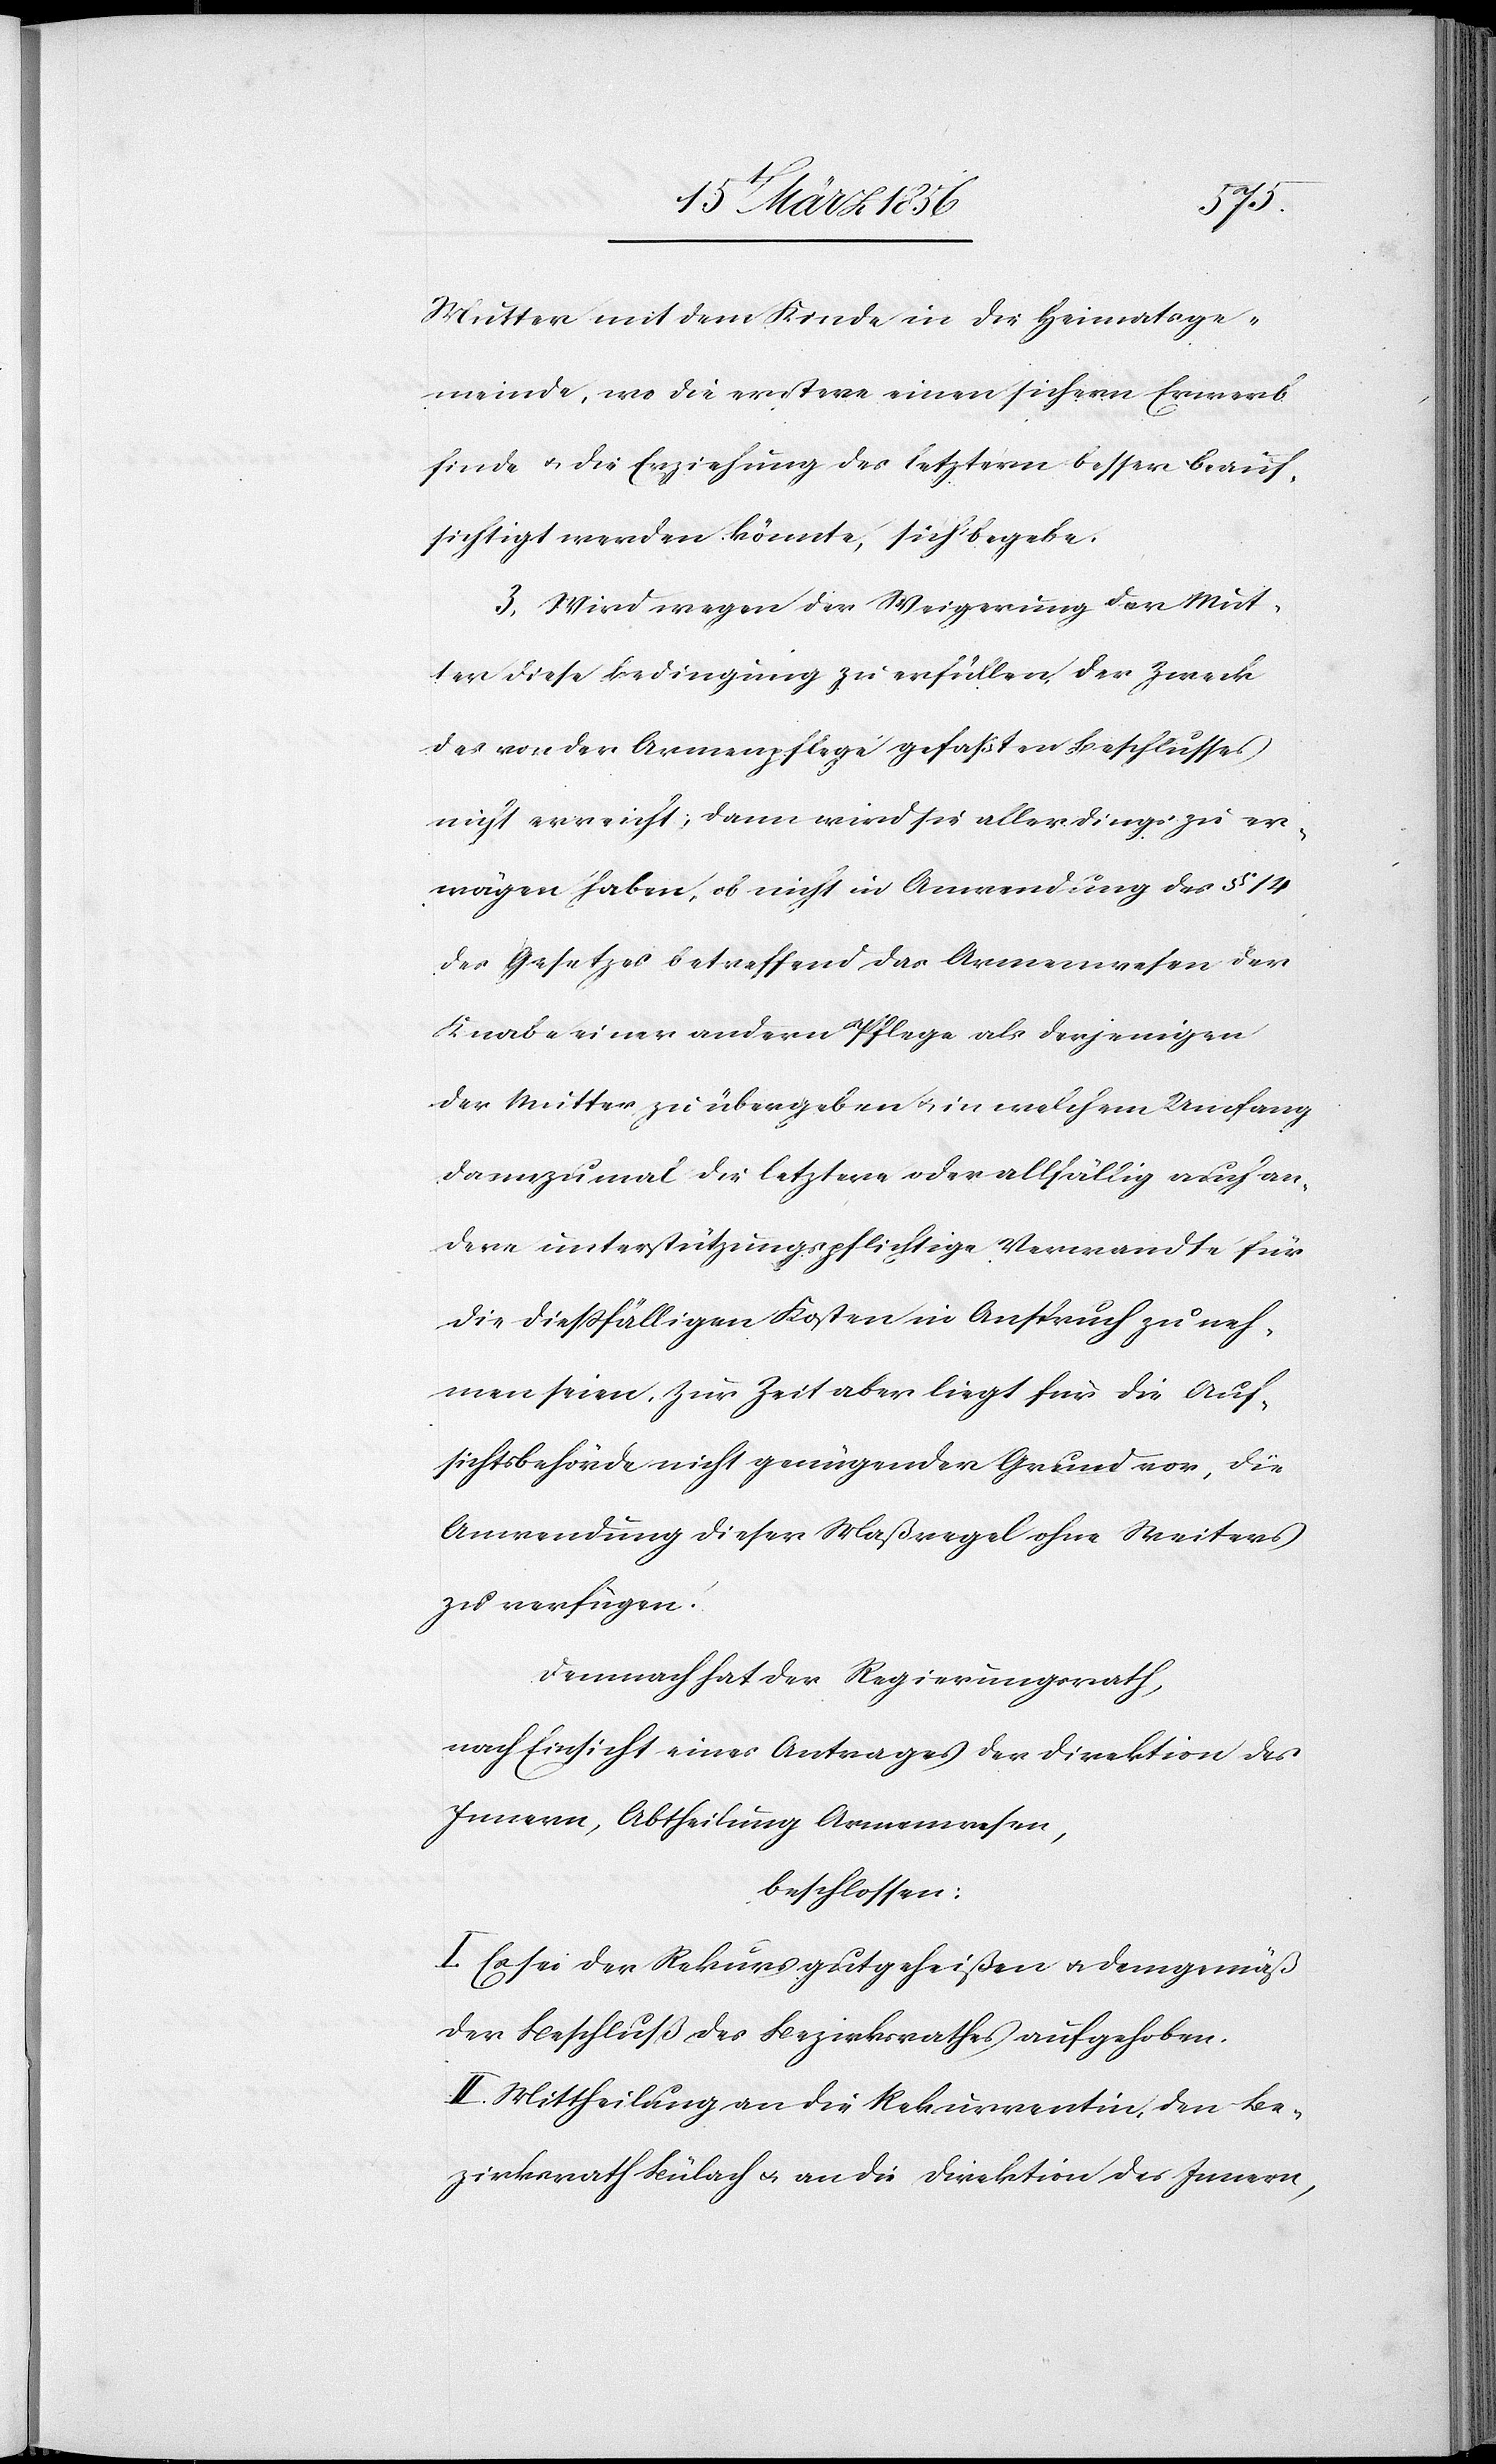
Mutter mit dem Kinde in die Heimatsge¬
meinde, wo die erstere einen sichern Erwerb
finde u. die Erziehung des letztern besser beauf¬
sichtigt werden könnte, sich begebe.
3. Wird wegen der Weigerung der Mut¬
ter diese Bedingung zu erfüllen, der Zweck
des von der Armenpflege gefaßten Beschlusses
nicht erreicht, dann wird sie allerdings zu er¬
wägen haben, ob nicht in Anwendung des § 14
des Gesetzes betreffend das Armenwesen der
Knabe einer andern Pflege als derjenigen
der Mutter zu übergeben u. in welchem Umfang
dannzumal die letztere oder allfällig auch an¬
dere unterstützungspflichtige Verwandte für
die dießfälligen Kosten in Anspruch zu neh¬
men seien. Zur Zeit aber liegt für die Auf¬
sichtsbehörde nicht genügender Grund vor, die
Anwendung dieser Maßregel ohne Weiters
zu verfügen.
Demnach hat der Regierungsrath,
nach Einsicht eines Antrages der Direktion des
Innern, Abtheilung Armenwesen,
beschlossen:
I. Es sei der Rekurs gutgeheißen u. demgemäß
der Beschluß des Bezirksrathes aufgehoben.
II. Mittheilung an die Rekurrentin, den Be¬
zirksrath Bülach u. an die Direktion des Innern,